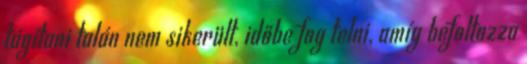
tágítani talán nem sikerült, időbe fog telni, amíg befoltozza